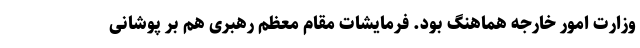
وزارت امور خارجه هماهنگ بود. فرمایشات مقام معظم رهبری هم بر پوشانی